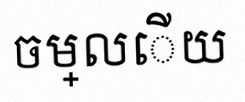
ចម្លើយ